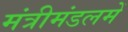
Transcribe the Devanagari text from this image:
मंत्रीमंडलमें